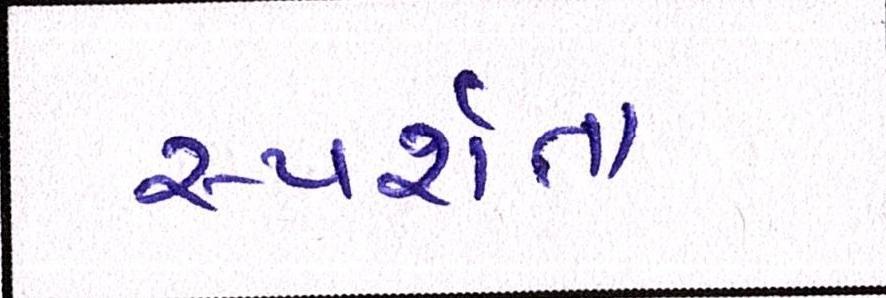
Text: સ્પર્શતા